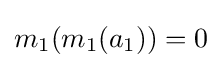
m_{1}(m_{1}(a_{1}))=0